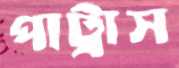
পাট্রাস